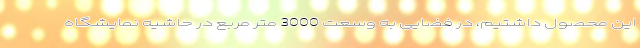
این محصول داشتیم، در فضایی به وسعت 3000 متر مربع در حاشیه نمایشگاه